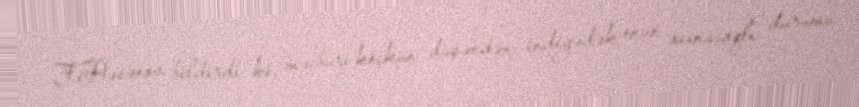
F.Həsənov bildirdi ki, məcburi köçkün düşəndən indiyədək onun acınacaqlı durumu